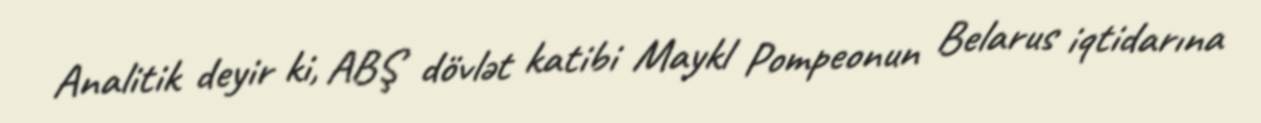
Analitik deyir ki, ABŞ dövlət katibi Maykl Pompeonun Belarus iqtidarına